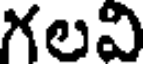
గలవి